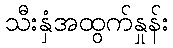
သီးနှံအထွက်နှုန်း